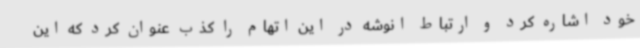
خود اشاره کرد و ارتباط انوشه در این اتهام را کذب عنوان کرد که این